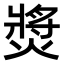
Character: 𤍵